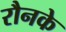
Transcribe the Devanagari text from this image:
रौनके